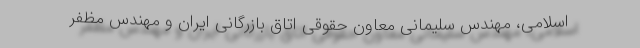
اسلامی، مهندس سلیمانی معاون حقوقی اتاق بازرگانی ایران و مهندس مظفر